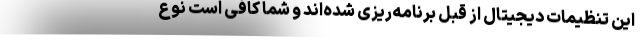
این تنظیمات دیجیتال از قبل برنامه‌ریزی شده‌اند و شما کافی است نوع